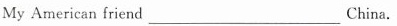
My American friend___China.